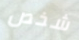
شخص